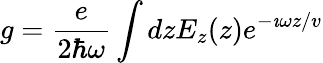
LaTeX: g=\frac{e}{2\hbar\omega}\int dzE_{z}(z)e^{-\imath\omega z/v}